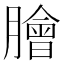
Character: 膾